Problem: 12 × 11 = ?
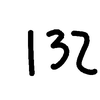
Handwritten answer: 132